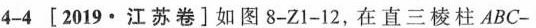
[2019·江苏卷]如图8-Z1-12，在直三棱柱ABC-